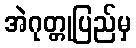
အဲဂုတ္တုပြည်မှ